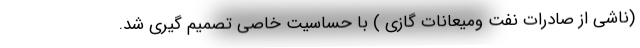
(ناشی از صادرات نفت ومیعانات گازی ) با حساسیت خاصی تصمیم گیری شد.